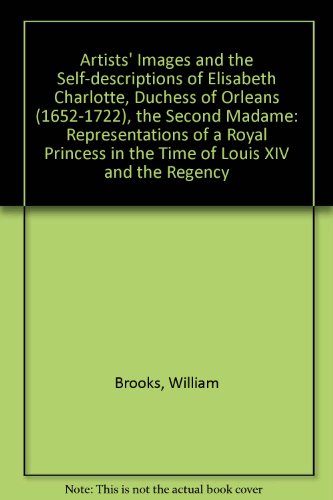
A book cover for Artists  Images and the Self-descriptions of Elisabeth Charlotte, Duchess of Orleans (1652-1722), the Second Madame: Representations of a Royal Princess in the Time of Louis XIV and the Regency; William Brooks; Arts & Photography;